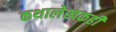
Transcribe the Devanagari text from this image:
कथालेखकही